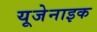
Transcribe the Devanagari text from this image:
यूजेनाइक